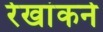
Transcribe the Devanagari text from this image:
रेखांकने